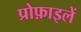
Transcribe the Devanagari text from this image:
प्रोफ़ाइलें